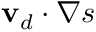
\mathbf { v } _ { d } \cdot \nabla s